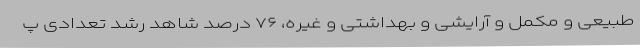
طبیعی و مکمل و آرایشی و بهداشتی و غیره، ۷۶ درصد شاهد رشد تعدادی پ